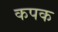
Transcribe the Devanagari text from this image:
कपक